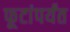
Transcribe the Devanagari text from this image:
फूटांपर्यंत